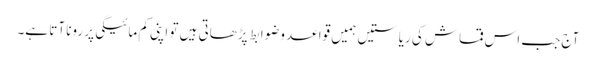
آج جب اس قماش کی ریاستیں ہمیں قواعد وضوابط پڑھاتی ہیں تو اپنی کم مائیگی پر رونا آتا ہے۔